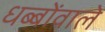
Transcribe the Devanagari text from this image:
धब्बोंवाले